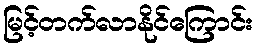
မြင့်တက်လာနိုင်ကြောင်း